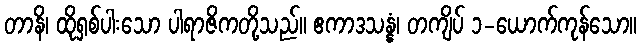
တာနိ၊ ထိုရှစ်ပါးသော ပါရာဇိကတို့သည်။ ဧကာဒသန္နံ၊ တကျိပ် ၁-ယောက်ကုန်သော။